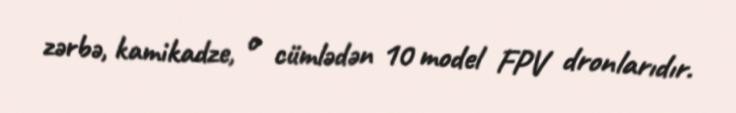
zərbə, kamikadze, o cümlədən 10 model FPV dronlarıdır.